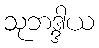
သုဘဒ္ဒါယ